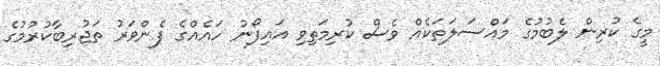
މީގެ ކުރިން ލެބުމުގެ މައްސަލަތަކެއް ވެސް ކުރިމަތިވި އައިފޯނު ހައެއްގެ ފެންވަރު ތަޖުރިބާކުރުމުގެ